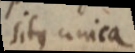
sitque unica